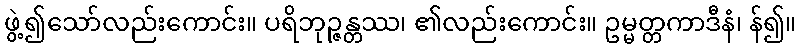
ဖွဲ့၍သော်လည်းကောင်း။ ပရိဘုဉ္ဇန္တဿ၊ ၏လည်းကောင်း။ ဥမ္မတ္တကာဒီနံ၊ န်၍။